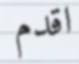
اقدم